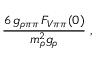
\frac { 6 \, g _ { \rho \pi \pi } \, F _ { V \pi \pi } ( 0 ) } { m _ { \rho } ^ { 2 } g _ { \rho } } \; ,